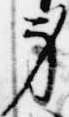
身